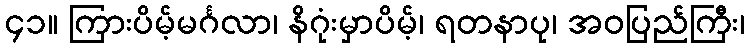
၄၁။ ကြားပိမ့်မင်္ဂလာ၊ နိဂုံးမှာပိမ့်၊ ရတနာပု၊ အဝပြည်ကြီး၊